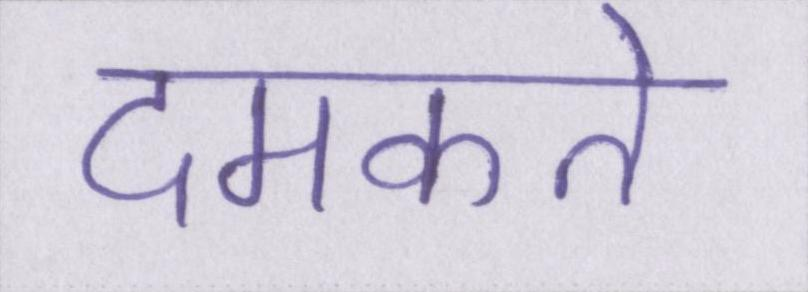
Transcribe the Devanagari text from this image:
दमकते